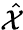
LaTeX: \hat{\mathcal X}